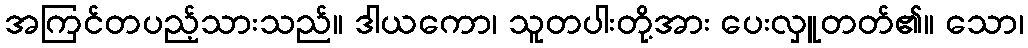
အကြင်တပည့်သားသည်။ ဒါယကော၊ သူတပါးတို့အား ပေးလှူတတ်၏။ သော၊